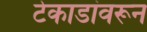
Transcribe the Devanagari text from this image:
टेकाडांवरून